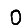
Digit: 0